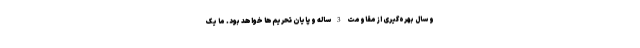
و سال بهره‌گیری از مقاومت 3 ساله و پایان تحریم‌ها خواهد بود. ما یک